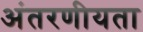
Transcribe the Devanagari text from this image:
अंतरणीयता